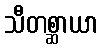
သီတစ္ဆာယာ